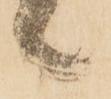
候